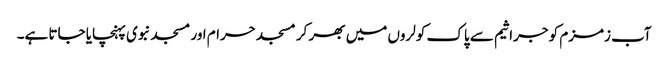
آب زمزم کو جراثیم سے پاک کولروں میں بھر کر مسجد حرام اور مسجد نبوی پہنچایا جاتا ہے۔